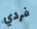
فردي